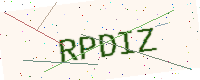
Text: RPDIZ